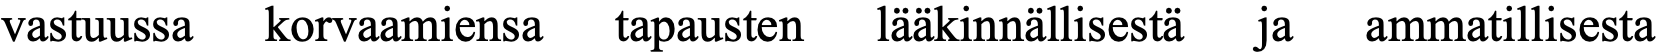
vastuussa korvaamiensa tapausten lääkinnällisestä ja ammatillisesta